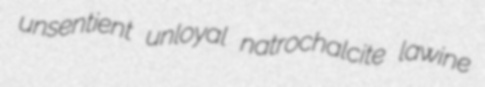
unsentient unloyal natrochalcite lawine